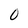
Character: 0